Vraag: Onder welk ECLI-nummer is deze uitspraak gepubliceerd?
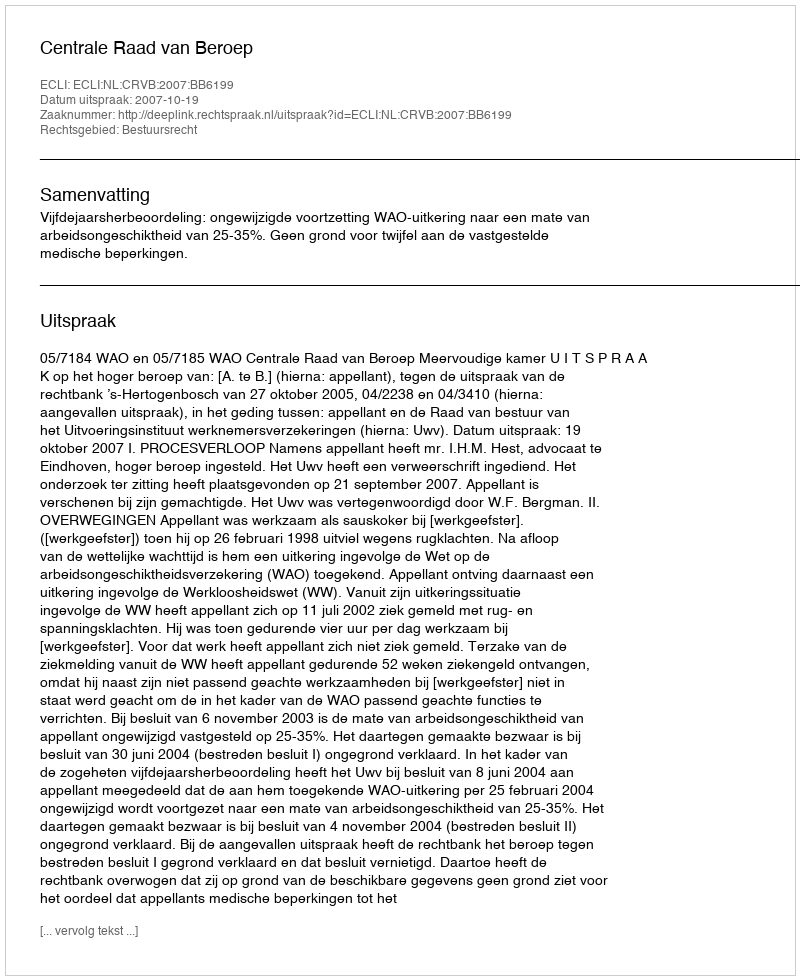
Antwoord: ECLI:NL:CRVB:2007:BB6199